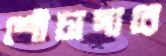
শৌচাগারে